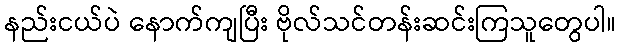
နည်းငယ်ပဲ နောက်ကျပြီး ဗိုလ်သင်တန်းဆင်းကြသူတွေပါ။